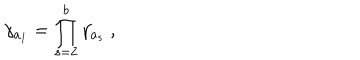
\gamma _ { a _ { 1 } } = \prod _ { s = 2 } ^ { b } \gamma _ { a _ { s } } ~ ,